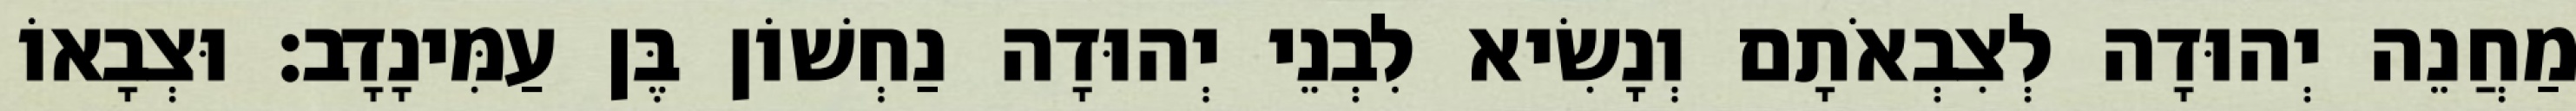
מַחֲנֵה יְהוּדָה לְצִבְאֹתָם וְנָשִׂיא לִבְנֵי יְהוּדָה נַחְשׁוֹן בֶּן עַמִּינָדָב׃ וּצְבָאוֹ